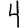
Digit: 4